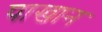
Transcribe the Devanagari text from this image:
पाखान